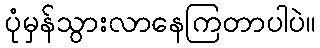
ပုံမှန်သွားလာနေကြတာပါပဲ။